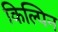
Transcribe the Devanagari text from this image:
किल्पिन